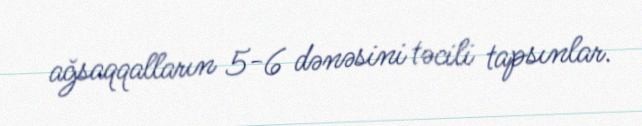
ağsaqqalların 5-6 dənəsini təcili tapsınlar.